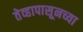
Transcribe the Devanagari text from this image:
तेव्हापासूनच्या